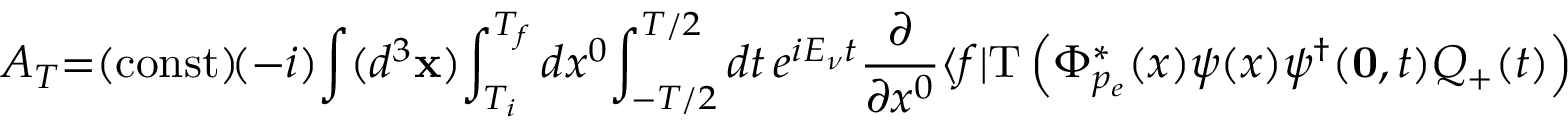
A _ { T } { = } ( \mathrm { c o n s t } ) \! ( - i ) \! \int ( d ^ { 3 } { \bf x } ) \! \int _ { T _ { i } } ^ { T _ { f } } d x ^ { 0 } \! \int _ { - T / 2 } ^ { T / 2 } d t \, e ^ { i E _ { \nu } t } { \frac { \partial } { \partial x ^ { 0 } } } \langle f | \mathrm { T } \left( \Phi _ { p _ { e } } ^ { * } ( x ) \psi ( x ) \psi ^ { \dagger } ( { \bf 0 } , t ) Q _ { + } ( t ) \right) | i \rangle \, ,